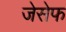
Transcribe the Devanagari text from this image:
जेसेफ